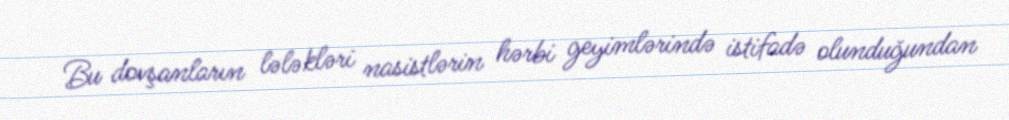
Bu dovşanların lələkləri nasistlərin hərbi geyimlərində istifadə olunduğundan